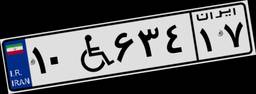
۰۴W۳۳۸۰۱